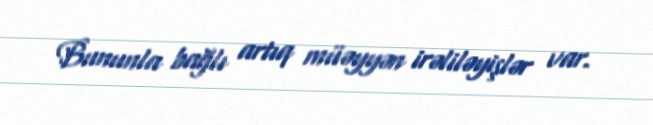
Bununla bağlı artıq müəyyən irəliləyişlər var.